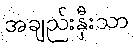
အချည်းနှီးသာ